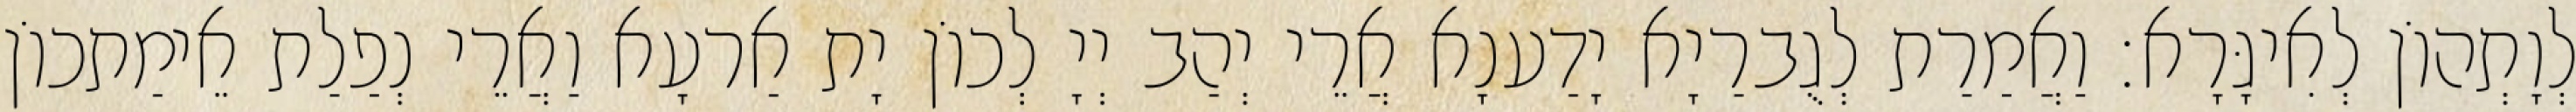
לְוָתְהוֹן לְאִיגָּרָא׃ וַאֲמַרַת לְגֻברַיָא יָדַענָא אֲרֵי יְהַב יְיָ לְכוֹן יָת אַרעָא וַאֲרֵי נְפַלַת אֵימַתכוֹן